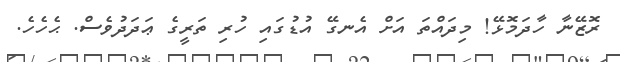
ރޮޒޭނާ ހާދަމޮޅޭ! މިދައްތަ އަށް އެނގޭ އުޑުގައި ހުރި ތަރީގެ ޢަދަދުވެސް. ޙެހެހެ.